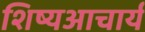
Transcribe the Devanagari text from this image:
शिष्यआचार्य